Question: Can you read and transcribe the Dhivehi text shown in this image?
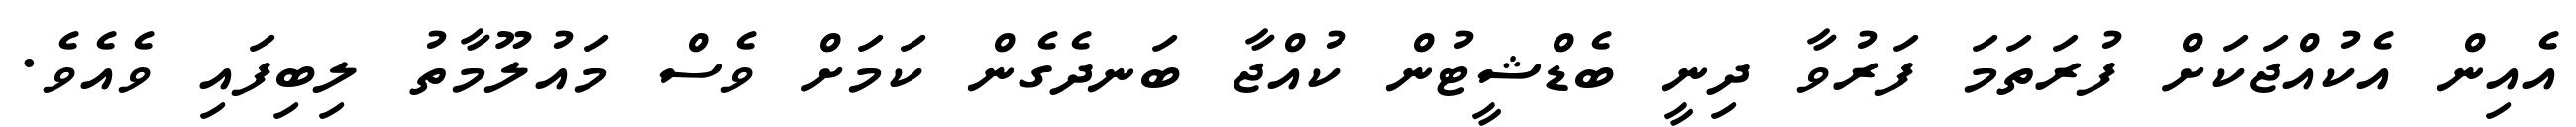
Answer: އެއިން އެކުއްޖަކަށް ފުރަތަމަ ފަރުވާ ދިނީ ބެޑްޝީޓުން ކުއްޖާ ބަނދެގެން ކަމަށް ވެސް މައުލޫމާތު ލިބިފައި ވެއެވެ.